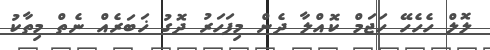
ލޮލް ހެހެހޭ ހަޖަމް ކޮއްލާ ދެން މިފަހަރު ދޮގު ޚަބަރެއް ނެތް މިތާކު